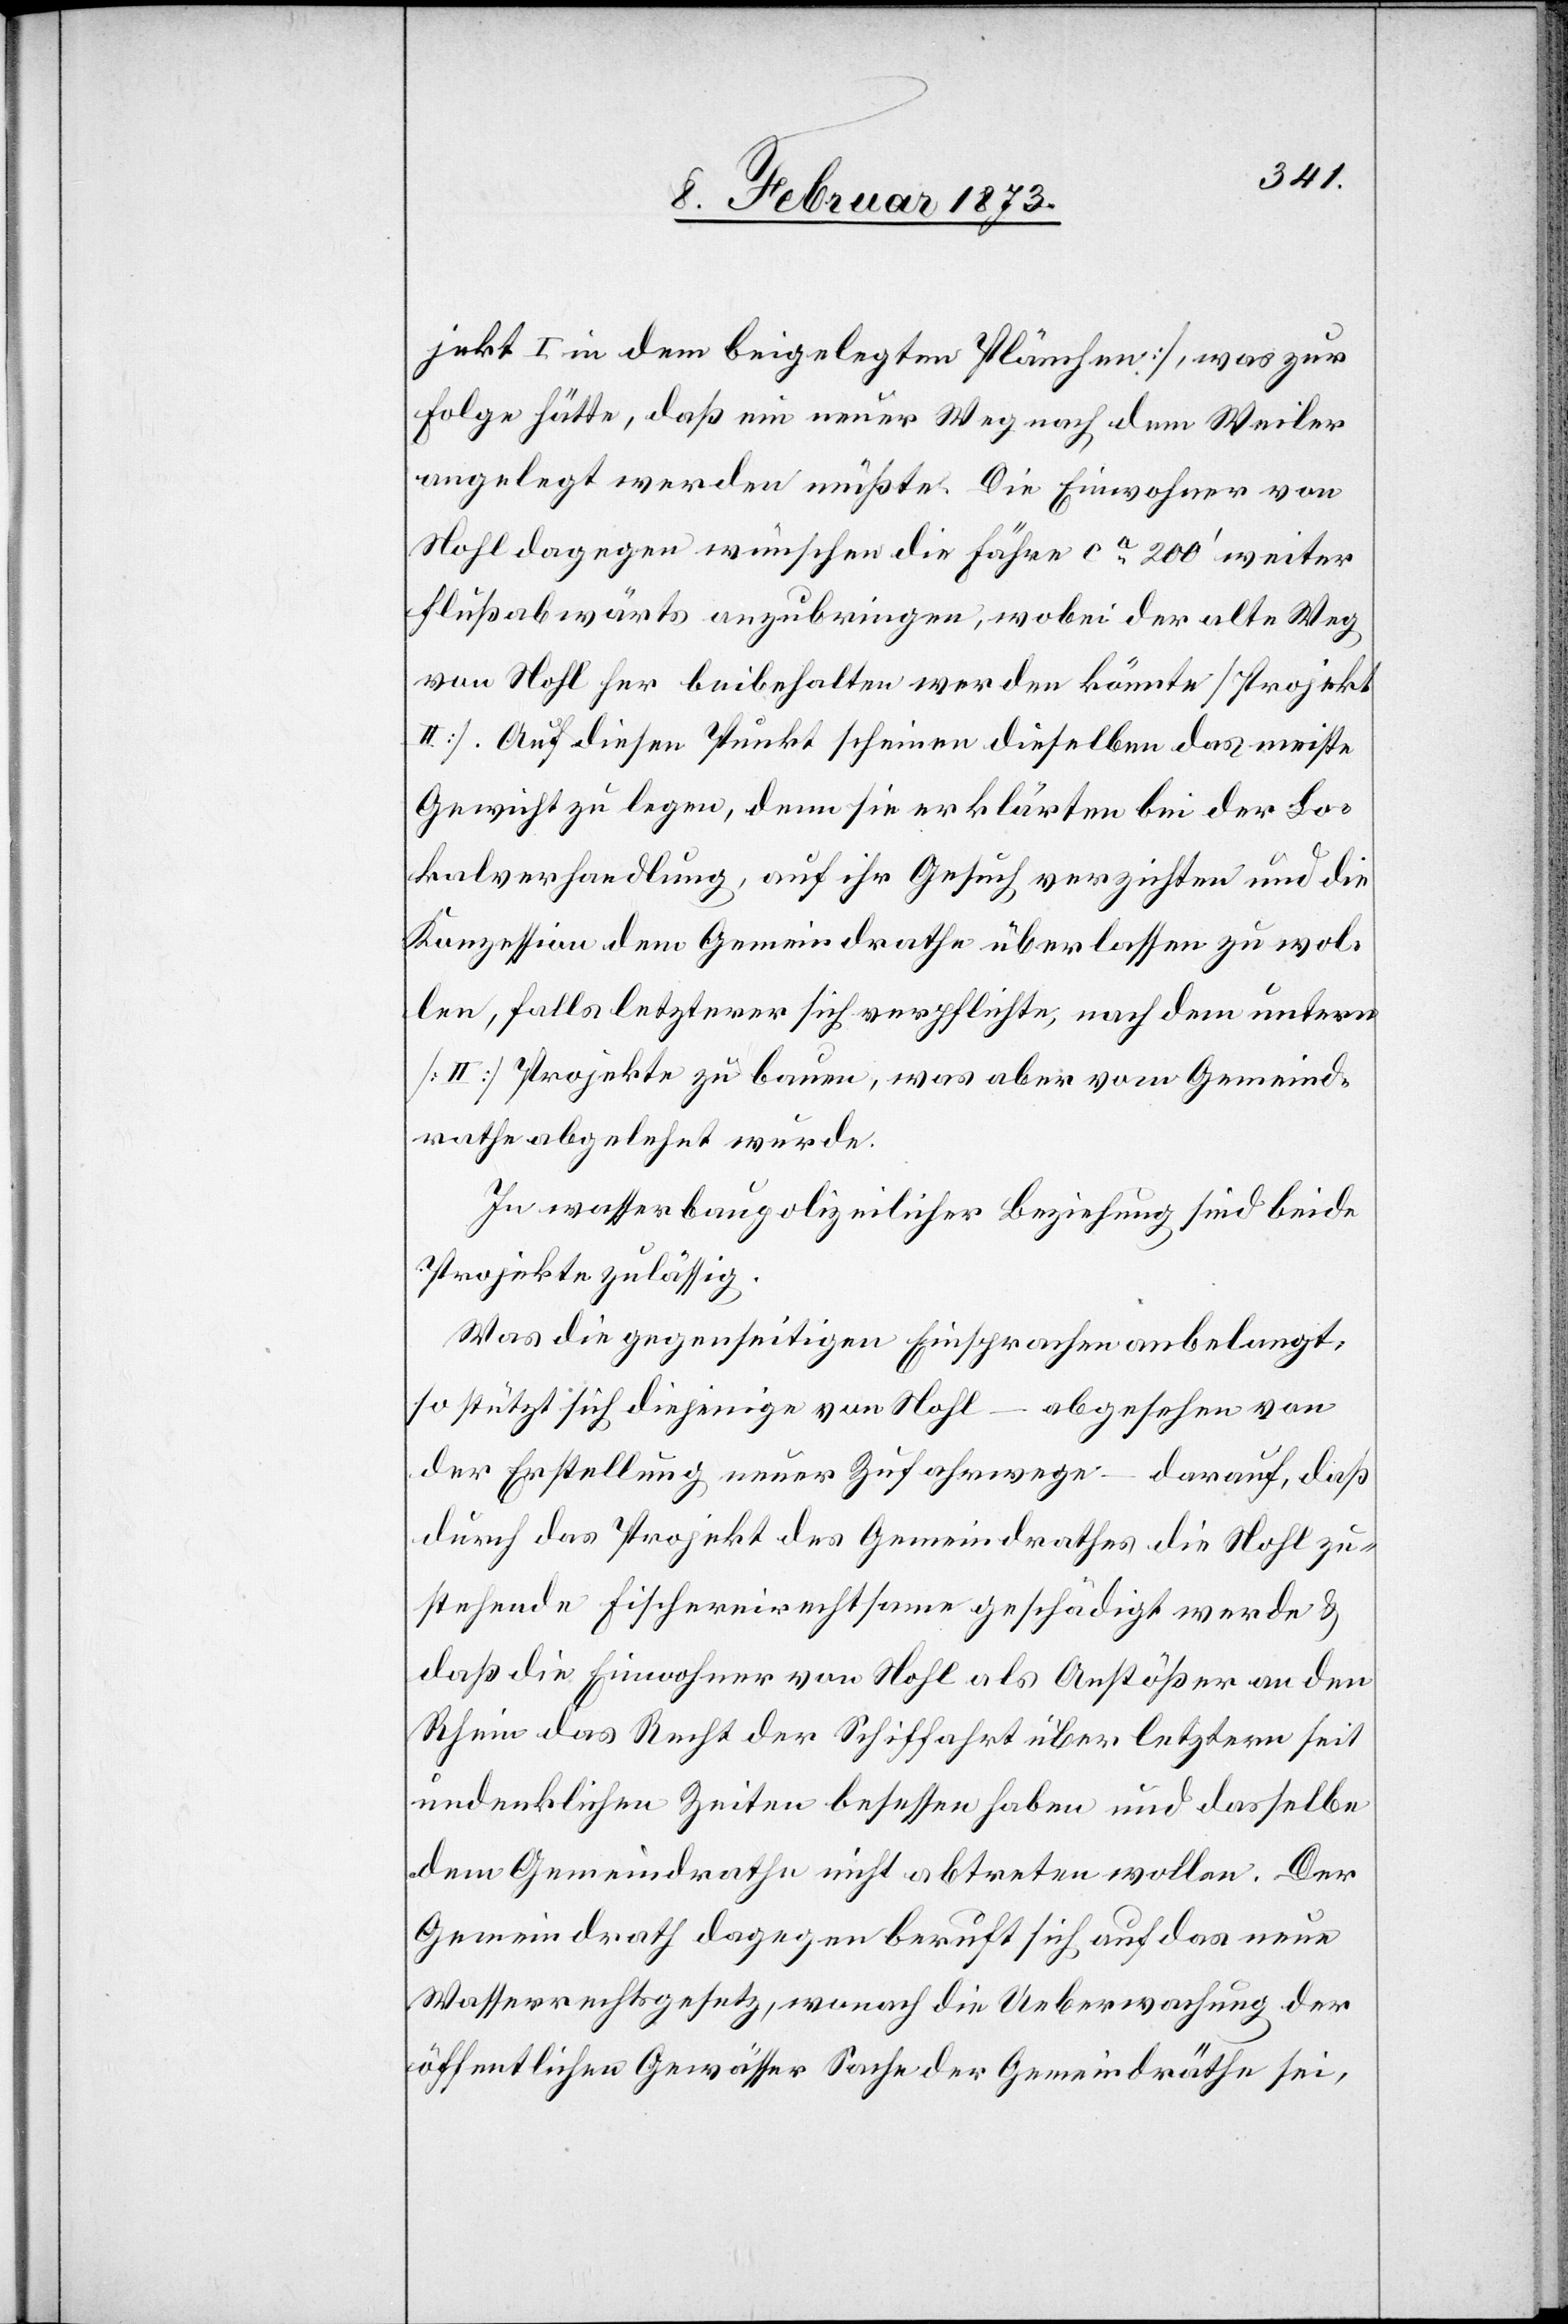
jekt I in dem beigelegten Plänchen], was zur
Folge hätte, daß ein neuer Weg nach dem Weiler
angelegt werden müßte. Die Einwohner von
Nohl dagegen wünschen die Fähre ca 200’ weiter
flußabwärts anzubringen, wobei der alte Weg
von Nohl her beibehalten werden könnte [Projekt
II]. Auf diesen Punkt scheinen dieselben des meiste
Gewicht zu legen, denn sie erklärten bei der Lo¬
kalverhandlung, auf ihr Gesuch verzichten und die
Konzession dem Gemeindrathe überlassen zu wol¬
len, falls letzterer sich verpflichte, nach dem untern
[II] Projekte zu bauen, was aber vom Gemeind¬
rathe abgelehnt wurde.
In wasserbaupolizeilicher Beziehung sind beide
Projekte zulässig.
Was die gegenseitigen Einsprachen anbelangt,
so stützt sich diejenige von Nohl – abgesehen von
der Erstellung neuer Zufahrwege – darauf, daß
durch das Projekt des Gemeindrathes die Nohl zu¬
stehende Fischereirechtsame geschädigt werde u.
daß die Einwohner von Nohl als Anstößer an den
Rhein das Recht der Schiffahrt über letztern seit
undenklichen Zeiten besessen haben und dasselbe
dem Gemeindrathe nicht abtreten wollen. Der
Gemeindrath dagegen beruft sich auf das neue
Wasserrechtsgesetz, wonach die Ueberwachung der
öffentlichen Gewässer Sache der Gemeindräthe sei,